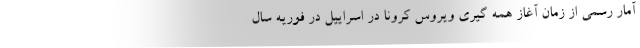
آمار رسمی از زمان آغاز همه گیری ویروس کرونا در اسراییل در فوریه سال